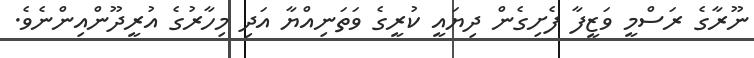
ނޫރާގެ ރަސްމީ ވަޒީފާ ފެށިގެން ދިޔައީ ކުރީގެ ވަތަނިއްޔާ އަދި މިހާރުގެ އުރީދޫންއިންނެވެ.